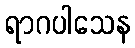
ရာဂပါသေန